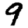
Digit: 9